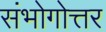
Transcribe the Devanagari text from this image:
संभोगोत्तर